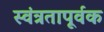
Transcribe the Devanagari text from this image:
स्वंत्रतापूर्वक